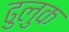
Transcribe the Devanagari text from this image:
ढुलुक